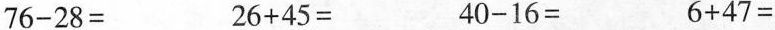
76-28= 26+45= 40-16= 6+47=